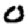
Digit: 0